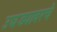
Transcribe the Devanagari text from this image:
उघड्यावरचे